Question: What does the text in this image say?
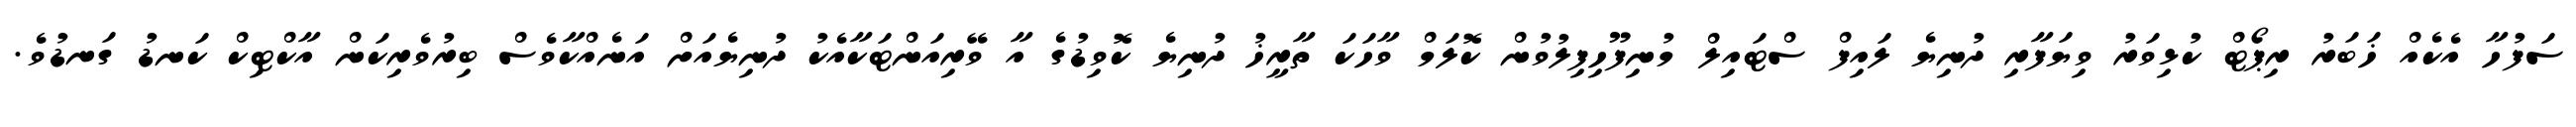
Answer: ސަފުހާ އެކެއް ޚަބަރު ރިޕޯޓް ކުޅިވަރު ވިޔަފާރި ދުނިޔެ ލައިފް ސްޓައިލް މުނިފޫހިފިލުވުން ކޮލަމް ވާހަކަ ތާރީޚު ދުނިޔެ ކޮވިޑުގެ އާ ވޭރިއަންޓަކާއެކު ދުނިޔެއަށް އަނެއްކާވެސް ބިރުވެރިކަން އާކްޓިކް ކަނޑު ގަނޑުވެ.